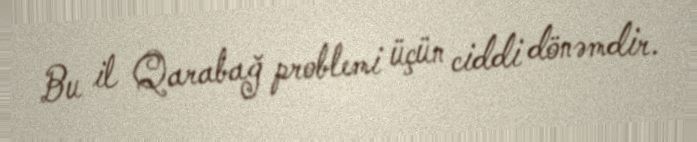
Bu il Qarabağ problemi üçün ciddi dönəmdir.